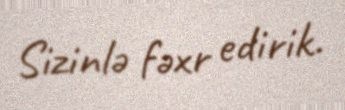
Sizinlə fəxr edirik.